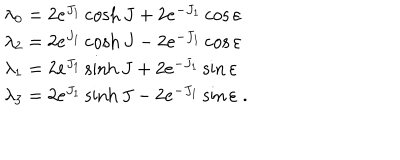
\begin{array} { l } { { \lambda _ { 0 } = 2 e ^ { J _ { 1 } } \cosh J + 2 e ^ { - J _ { 1 } } \cos \varepsilon } } \\ { { \lambda _ { 2 } = 2 e ^ { J _ { 1 } } \cosh J - 2 e ^ { - J _ { 1 } } \cos \varepsilon } } \\ { { \lambda _ { 1 } = 2 e ^ { J _ { 1 } } \sinh J + 2 e ^ { - J _ { 1 } } \sin \varepsilon } } \\ { { \lambda _ { 3 } = 2 e ^ { J _ { 1 } } \sinh J - 2 e ^ { - J _ { 1 } } \sin \varepsilon \; . } } \\ \end{array}